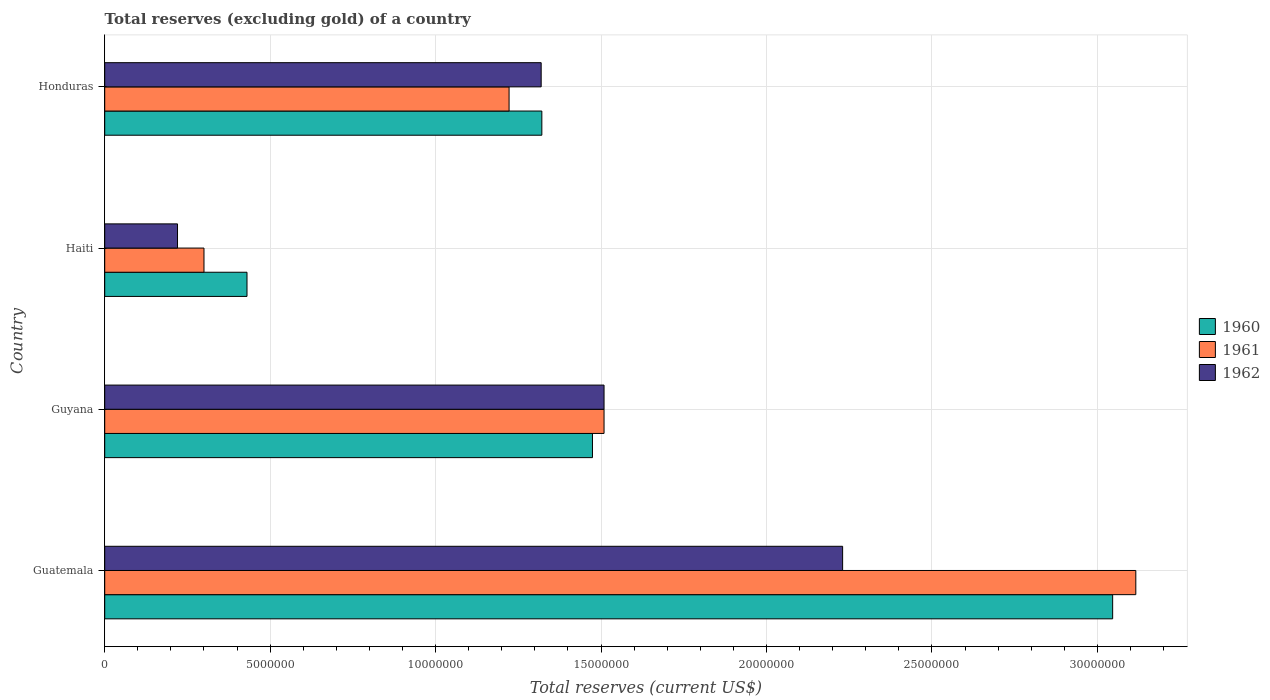
| Country | 1960 | 1961 | 1962 |
 | --- | --- | --- | --- |
 | Guatemala | 3.05e+07 | 3.12e+07 | 2.23e+07 |
 | Guyana | 1.47e+07 | 1.51e+07 | 1.51e+07 |
 | Haiti | 4.3e+06 | 3e+06 | 2.2e+06 |
 | Honduras | 1.32e+07 | 1.22e+07 | 1.32e+07 |